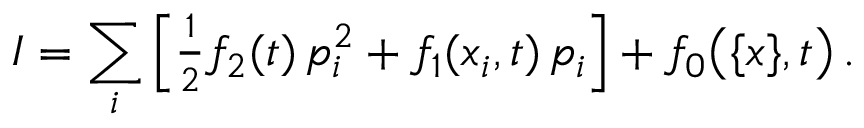
I = \sum _ { i } \Big [ { \textstyle \frac { 1 } { 2 } } f _ { 2 } ( t ) \, p _ { i } ^ { 2 } + f _ { 1 } ( x _ { i } , t ) \, p _ { i } \Big ] + f _ { 0 } \big ( \{ x \} , t \big ) \, .